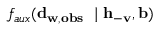
f _ { a u x } ( \mathbf { d } _ { \mathbf { w } , \mathbf { o b s } } \ \mid \mathbf { h } _ { - \mathbf { v } } , \mathbf { b } )